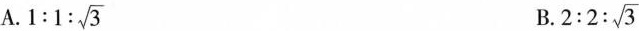
A.1:1: \sqrt{3} B.2:2: \sqrt{3}